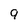
Character: 9